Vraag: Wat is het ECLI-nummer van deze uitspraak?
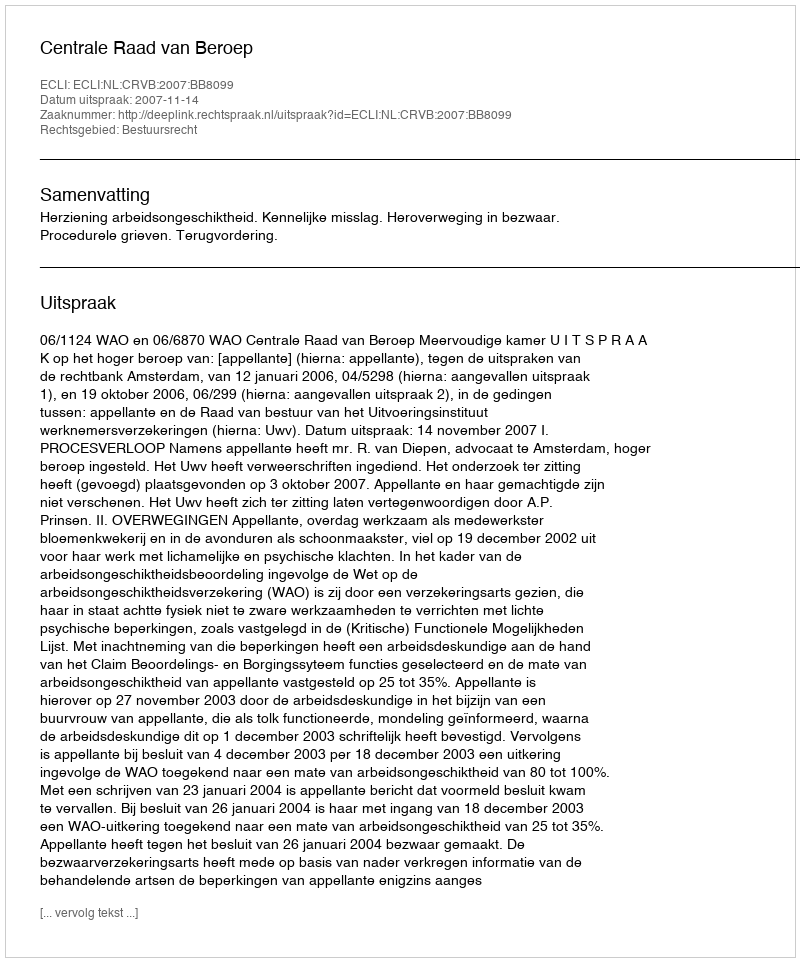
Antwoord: ECLI:NL:CRVB:2007:BB8099